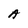
Character: A